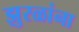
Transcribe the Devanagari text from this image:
झुरळांना